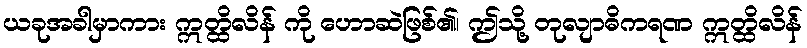
ယခုအခါမှာကား ဣတ္ထိလိန် ကို ဟောဆဲဖြစ်၏၊ ဤသို့ တုလျာဓိကရဏ ဣတ္ထိလိန်